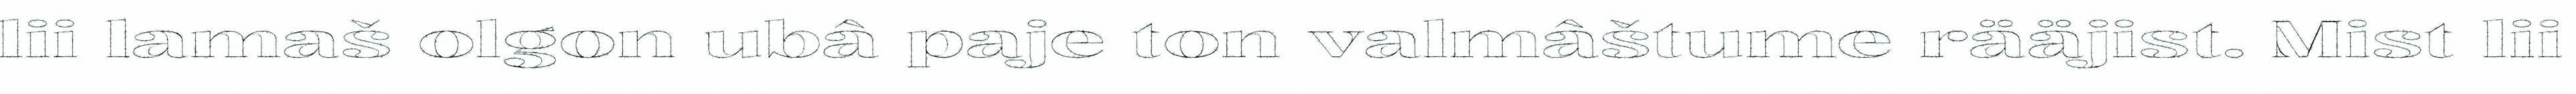
lii lamaš olgon ubâ paje ton valmâštume rääjist. Mist lii